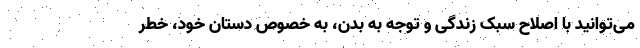
می‌توانید با اصلاح سبک زندگی و توجه به بدن، به خصوص دستان خود، خطر